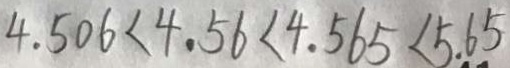
4 . 5 0 6 < 4 . 5 6 < 4 . 5 6 5 < 5 . 6 5